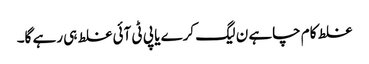
غلط کام چاہے ن لیگ کرے یا پی ٹی آئی غلط ہی رہے گا۔